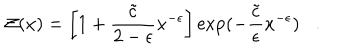
{ \cal Z } ( x ) = \left[ 1 + { \frac { \tilde { c } } { 2 - \epsilon } } x ^ { - \epsilon } \right] \exp ( - { \frac { \tilde { c } } { \epsilon } } x ^ { - \epsilon } ) .